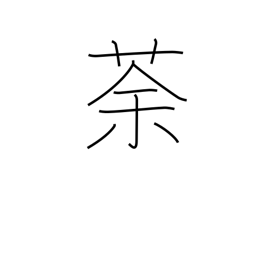
Meaning: a weed